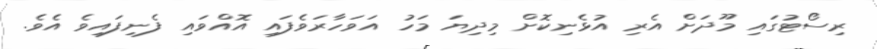
ރިސޯޓުގައި މޫދަށް އެރި އުޅެނިކޮށް މިދިޔަ މަހު އަވަހާރަވެފައި އޮއްވައި ފެނިފައިވެ އެވެ.